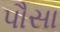
પૌસા